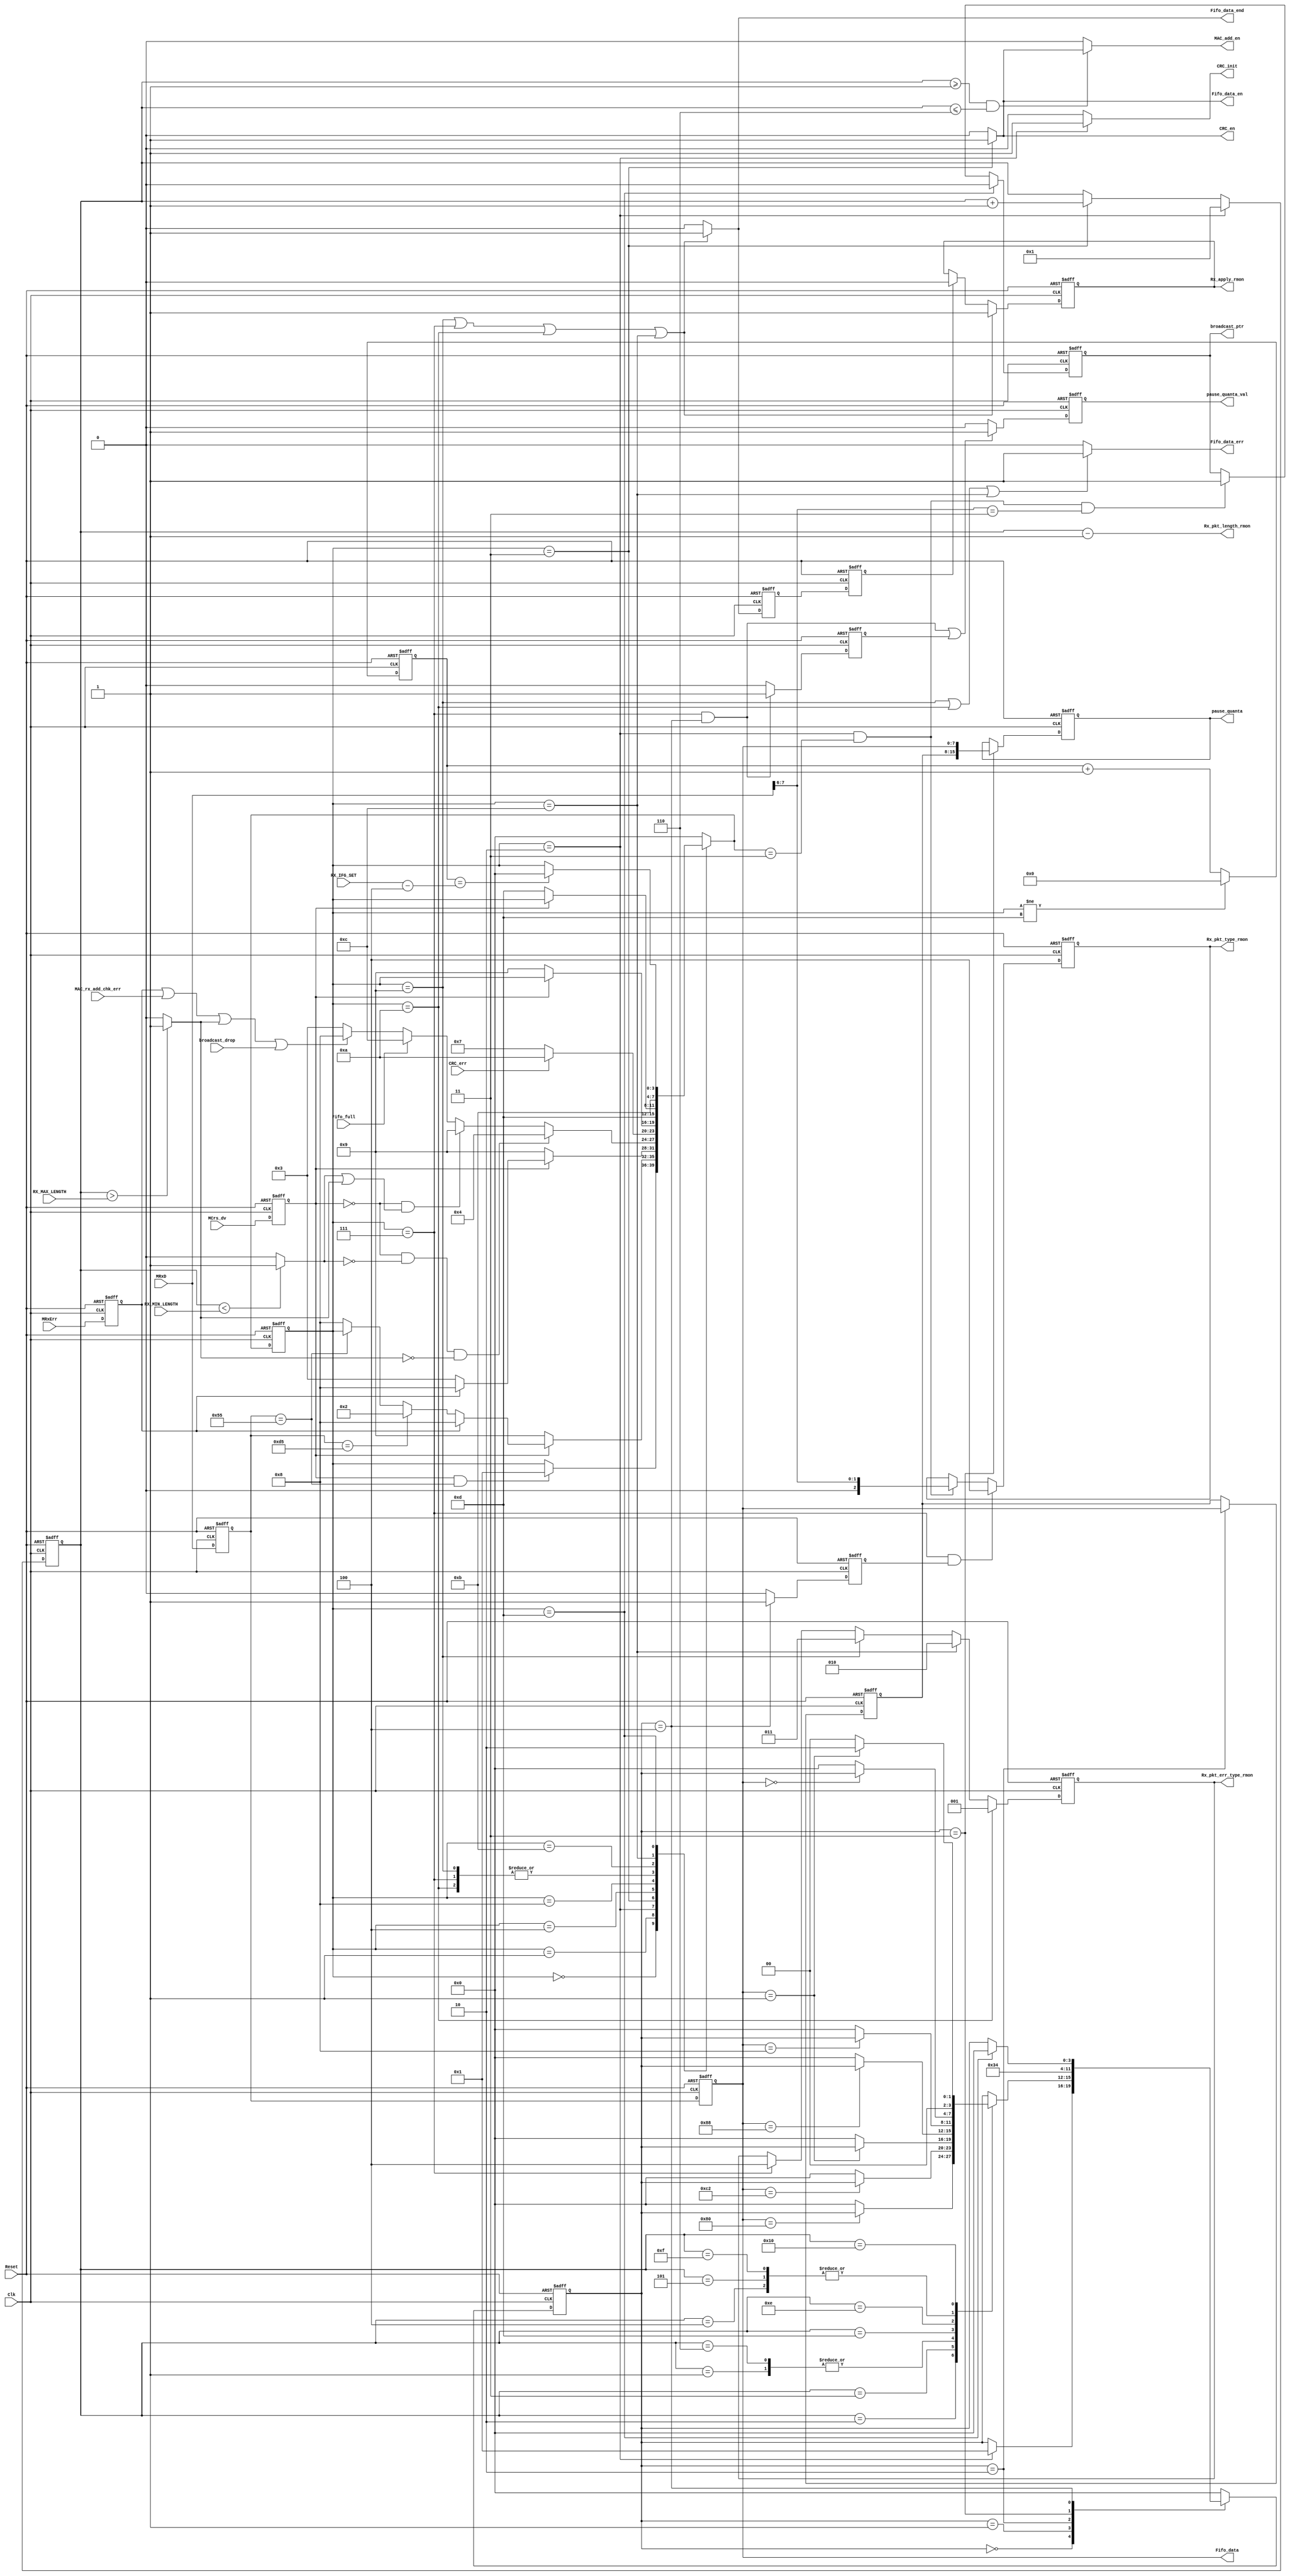
module MAC_rx_ctrl (
Reset   ,                                     
Clk     ,                                     
//RMII interface                                    
MCrs_dv ,       //
MRxD    ,       //  
MRxErr  ,       //  
//CRC_chk interface                                 
CRC_en    ,                                 
CRC_init  ,
CRC_err  ,                      
//MAC_rx_add_chk interface                          
MAC_add_en          ,                         
MAC_rx_add_chk_err  ,   
//broadcast_filter     
broadcast_ptr   ,      
broadcast_drop  ,   
//flow_control signals      
pause_quanta        ,       
pause_quanta_val    ,
//Pause_current,       
//MAC_rx_FF interface                               
Fifo_data       ,                             
Fifo_data_en    ,                             
Fifo_data_err   ,  
Fifo_data_end   ,  
Fifo_full       ,                          
//RMON interface                
Rx_pkt_type_rmon        ,                    
Rx_pkt_length_rmon      ,                     
Rx_apply_rmon           ,                     
Rx_pkt_err_type_rmon    ,                     
//CPU                                         
RX_IFG_SET    ,
RX_MAX_LENGTH,
RX_MIN_LENGTH
);

input           Reset   ;         
input           Clk     ;         
                //RMII interface  
input           MCrs_dv ;                                       
input   [7:0]   MRxD    ;                                       
input           MRxErr  ;                                       
                //CRC_chk interface
output          CRC_en  ;       
output          CRC_init;       
input           CRC_err ;
                //MAC_rx_add_chk interface
output          MAC_add_en          ;
input           MAC_rx_add_chk_err  ;
                //broadcast_filter
output          broadcast_ptr           ;
input           broadcast_drop          ;
                //flow_control signals  
output  [15:0]  pause_quanta        ;   
output          pause_quanta_val    ;
//output [3:0]    Pause_current;       
                //MAC_rx_FF interface
output  [7:0]   Fifo_data       ;
output          Fifo_data_en    ;
output          Fifo_data_err   ;
output          Fifo_data_end   ;
input           Fifo_full;
                //RMON interface
output  [15:0]  Rx_pkt_length_rmon      ;
output          Rx_apply_rmon           ;
output  [2:0]   Rx_pkt_err_type_rmon    ;
output  [2:0]   Rx_pkt_type_rmon        ;
                //CPU
input   [5:0]   RX_IFG_SET    ;
input   [15:0]  RX_MAX_LENGTH   ;// 1518
input   [6:0]   RX_MIN_LENGTH   ;// 64

//******************************************************************************
//internal signals
//******************************************************************************
parameter       State_idle          =4'd00;
parameter       State_preamble      =4'd01;
parameter       State_SFD           =4'd02;
parameter       State_data          =4'd03;
parameter       State_checkCRC      =4'd04;
parameter       State_OkEnd         =4'd07;
parameter       State_drop          =4'd08;
parameter       State_ErrEnd        =4'd09;
parameter       State_CRCErrEnd     =4'd10;
parameter       State_FFFullDrop    =4'd11;
parameter       State_FFFullErrEnd  =4'd12;
parameter       State_IFG           =4'd13;

parameter       Pause_idle          =4'd0;   
parameter       Pause_pre_syn       =4'd1;    
parameter       Pause_quanta_hi     =4'd2;   
parameter       Pause_quanta_lo     =4'd3;   
parameter       Pause_syn           =4'd4;   
                                                  
reg [3:0]       Current_state /* synthesis syn_keep=1 */;                          
reg [3:0]       Next_state; 
reg [3:0]       Pause_current /* synthesis syn_keep=1 */; 
reg [3:0]       Pause_next;                             
reg [5:0]       IFG_counter;   
reg             Crs_dv  ;      
reg [7:0]       RxD ;
reg [7:0]       RxD_dl1 ;
reg             RxErr   ;
reg [15:0]      Frame_length_counter;
reg             Too_long;
reg             Too_short;
reg             Fifo_data_en;
reg             Fifo_data_end;
reg             Fifo_data_err;
reg             CRC_en;
reg             CRC_init;
reg             Rx_apply_rmon;
reg             Rx_apply_rmon_tmp;
reg             Rx_apply_rmon_tmp_pl1;
reg [2:0]       Rx_pkt_err_type_rmon;
reg             MAC_add_en;
reg [2:0]       Rx_pkt_type_rmon;
reg [7:0]       pause_quanta_h      ;
reg [15:0]      pause_quanta        ;
reg             pause_quanta_val    ;
reg             pause_quanta_val_tmp;
reg             pause_frame_ptr     ;
reg             broadcast_ptr           ;
//******************************************************************************
//delay signals                                                          
//******************************************************************************
    
always @ (posedge Reset or posedge Clk)                 
    if (Reset) 
        begin  
            Crs_dv      <= 1'b0;
            RxD         <= 8'd0;                                                            
            RxErr       <= 1'b0; 
        end
    else
        begin  
            Crs_dv      <=MCrs_dv   ;
            RxD         <=MRxD      ;                                                            
            RxErr       <=MRxErr    ; 
        end

always @ (posedge Reset or posedge Clk)                 
    if (Reset) 
        RxD_dl1     <= 8'd0;
    else 
        RxD_dl1     <=RxD;
                                   
//******************************************************************************
//State_machine                                                           
//******************************************************************************
                                                    
always @ (posedge Reset or posedge Clk)                 
    if (Reset)                                          
        Current_state   <=State_idle;                   
    else                                    
        Current_state   <=Next_state;                   
                                                        
always @ (*)                                             
        case (Current_state)                            
            State_idle:
                    if (Crs_dv&&RxD==8'h55)                
                        Next_state  =State_preamble;    
                    else                                
                        Next_state  =Current_state;     
            State_preamble:                             
                    if (!Crs_dv)                        
                        Next_state  =State_ErrEnd;      
                    else if (RxErr)                     
                        Next_state  =State_drop;        
                    else if (RxD==8'hd5)                 
                        Next_state  =State_SFD;                 
                    else if (RxD==8'h55)                
                        Next_state  =Current_state;     
                    else                                
                        Next_state  =State_drop;        
            State_SFD:                                  
                    if (!Crs_dv)                        
                        Next_state  =State_ErrEnd;      
                    else if (RxErr)                     
                        Next_state  =State_drop;        
                    else                                
                        Next_state  =State_data;       
            State_data:                                
                    if (!Crs_dv&&!Too_short&&!Too_long)                        
                        Next_state  =State_checkCRC;   
                    else if (!Crs_dv&&(Too_short||Too_long))
                        Next_state  =State_ErrEnd;
                    else if (Fifo_full)
                        Next_state  =State_FFFullErrEnd;
                    else if (RxErr||MAC_rx_add_chk_err||Too_long||broadcast_drop)                     
                        Next_state  =State_drop;        
                    else                                
                        Next_state  =State_data;       
            State_checkCRC:
                     if (CRC_err)
                        Next_state  =State_CRCErrEnd;
                     else
                        Next_state  =State_OkEnd; 
            State_drop:                                 
                    if (!Crs_dv)                        
                        Next_state  =State_ErrEnd;      
                    else                                
                        Next_state  =Current_state;     
            State_OkEnd:                                
                        Next_state  =State_IFG;         
            State_ErrEnd:                               
                        Next_state  =State_IFG;       
                                                                            
            State_CRCErrEnd:                               
                        Next_state  =State_IFG;   
            State_FFFullDrop:
                    if (!Crs_dv)                        
                        Next_state  =State_IFG;     
                    else                                
                        Next_state  =Current_state;                                                
            State_FFFullErrEnd:
                        Next_state  =State_FFFullDrop;                                        
            State_IFG:                                  
                    if (IFG_counter==RX_IFG_SET-6'd4)   //remove some additional time     
                        Next_state  =State_idle;        
                    else                                
                        Next_state  =Current_state;     
                                                        
            default:                                    
                        Next_state  =State_idle;        
        endcase                                         
                     
                                                        
always @ (posedge Reset or posedge Clk)                 
    if (Reset)                                          
        IFG_counter     <= 6'd0;   
    else if (Current_state!=State_IFG)
        IFG_counter     <= 6'd0;                                
    else 
        IFG_counter     <=IFG_counter + 6'd1;
//******************************************************************************
//gen fifo interface signals                                                     
//******************************************************************************                     

assign  Fifo_data   =RxD_dl1;       

always @(Current_state)
    if  (Current_state==State_data)
        Fifo_data_en        = 1'b1;
    else
        Fifo_data_en        = 1'b0;
        
always @(Current_state)
    if  (Current_state==State_ErrEnd||Current_state==State_OkEnd
         ||Current_state==State_CRCErrEnd||Current_state==State_FFFullErrEnd)
        Fifo_data_end       = 1'b1;
    else
        Fifo_data_end       = 1'b0;

always @(Current_state)
    if  (Current_state==State_ErrEnd||Current_state==State_CRCErrEnd||Current_state==State_FFFullErrEnd)
        Fifo_data_err       = 1'b1;
    else
        Fifo_data_err       = 1'b0;     

//******************************************************************************
//CRC_chk interface                                               
//****************************************************************************** 

always @(Current_state)
    if (Current_state==State_data)
        CRC_en  = 1'b1;
    else
        CRC_en  = 1'b0;
        
always @(Current_state)
    if (Current_state==State_SFD)
        CRC_init    = 1'b1;
    else
        CRC_init    = 1'b0;
        
//******************************************************************************
//gen rmon signals                                         
//******************************************************************************    
always @ (posedge Clk or posedge Reset)
    if (Reset)  
        Frame_length_counter        <= 16'd0;
    else if (Current_state==State_SFD)
        Frame_length_counter        <= 16'd1;
    else if (Current_state==State_data)
        Frame_length_counter        <=Frame_length_counter+ 16'd1;
        
always @ (Frame_length_counter or RX_MIN_LENGTH)
    if (Frame_length_counter<RX_MIN_LENGTH)
        Too_short   = 1'b1;
    else
        Too_short   = 1'b0;
        
always @ (*)
    if (Frame_length_counter>RX_MAX_LENGTH)
        Too_long    = 1'b1;
    else
        Too_long    = 1'b0;
        
assign Rx_pkt_length_rmon=Frame_length_counter-16'd1;

always @ (posedge Clk or posedge Reset)
    if (Reset)
        Rx_apply_rmon_tmp   <= 1'b0; 
    else if (Current_state==State_OkEnd||Current_state==State_ErrEnd
        ||Current_state==State_CRCErrEnd||Current_state==State_FFFullErrEnd)
        Rx_apply_rmon_tmp   <= 1'b1 ;        
    else
        Rx_apply_rmon_tmp   <= 1'b0; 
        
always @ (posedge Clk or posedge Reset)
    if (Reset)
        Rx_apply_rmon_tmp_pl1   <= 1'b0;
    else
        Rx_apply_rmon_tmp_pl1   <=Rx_apply_rmon_tmp;        

always @ (posedge Clk or posedge Reset)
    if (Reset)
        Rx_apply_rmon   <= 1'b0; 
    else if (Current_state==State_OkEnd||Current_state==State_ErrEnd
        ||Current_state==State_CRCErrEnd||Current_state==State_FFFullErrEnd)
        Rx_apply_rmon   <= 1'b1;        
    else if (Rx_apply_rmon_tmp_pl1)
        Rx_apply_rmon   <= 1'b0; 
        
always @ (posedge Clk or posedge Reset)
    if (Reset)
        Rx_pkt_err_type_rmon    <=3'd0;
    else if (Current_state==State_CRCErrEnd)
        Rx_pkt_err_type_rmon    <=3'b001    ;//
    else if (Current_state==State_FFFullErrEnd)
        Rx_pkt_err_type_rmon    <=3'b010    ;// 
    else if (Current_state==State_ErrEnd)
        Rx_pkt_err_type_rmon    <=3'b011    ;//
    else if(Current_state==State_OkEnd)
        Rx_pkt_err_type_rmon    <=3'b100    ;


        
always @ (posedge Clk or posedge Reset)
    if (Reset)
        Rx_pkt_type_rmon        <= 3'd0;
    else if (Current_state==State_OkEnd&&pause_frame_ptr)
        Rx_pkt_type_rmon        <=3'b100    ;//
    else if(Current_state==State_SFD&&Next_state==State_data)
        Rx_pkt_type_rmon        <={1'b0,MRxD[7:6]};

always @ (posedge Clk or posedge Reset)
    if (Reset)
        broadcast_ptr   <= 1'b0;
    else if(Current_state==State_IFG)
        broadcast_ptr   <= 1'b0;
    else if(Current_state==State_SFD&&Next_state==State_data&&MRxD[7:6]==2'b11)
        broadcast_ptr   <= 1'b1;

        
    
//******************************************************************************
//MAC add checker signals                                                              
//******************************************************************************
always @ (Frame_length_counter or Fifo_data_en)
    if(Frame_length_counter>=1&&Frame_length_counter<=6)
        MAC_add_en  <=Fifo_data_en;
    else
        MAC_add_en  <= 1'b0;

//******************************************************************************
//flow control signals                                                            
//******************************************************************************
always @ (posedge Clk or posedge Reset)
    if (Reset)
        Pause_current   <=Pause_idle;
    else
        Pause_current   <=Pause_next;
        
always @ (*)
    case (Pause_current)
        Pause_idle  : 
            if(Current_state==State_SFD)
                Pause_next  =Pause_pre_syn;
            else
                Pause_next  =Pause_current;
        Pause_pre_syn:
            case (Frame_length_counter)
                16'd1:  if (RxD_dl1==8'h01)
                            Pause_next  =Pause_current;
                        else
                            Pause_next  =Pause_idle;
                16'd2:  if (RxD_dl1==8'h80)
                            Pause_next  =Pause_current;
                        else
                            Pause_next  =Pause_idle;            
                16'd3:  if (RxD_dl1==8'hc2)
                            Pause_next  =Pause_current;
                        else
                            Pause_next  =Pause_idle;
                16'd4:  if (RxD_dl1==8'h00)
                            Pause_next  =Pause_current;
                        else
                            Pause_next  =Pause_idle;
                16'd5:  if (RxD_dl1==8'h00)
                            Pause_next  =Pause_current;
                        else
                            Pause_next  =Pause_idle;
                16'd6:  if (RxD_dl1==8'h01)
                            Pause_next  =Pause_current;
                        else
                            Pause_next  =Pause_idle;
                16'd13: if (RxD_dl1==8'h88)
                            Pause_next  =Pause_current;
                        else
                            Pause_next  =Pause_idle;
                16'd14: if (RxD_dl1==8'h08)
                            Pause_next  =Pause_current;
                        else
                            Pause_next  =Pause_idle;
                16'd15: if (RxD_dl1==8'h00)
                            Pause_next  =Pause_current;
                        else
                            Pause_next  =Pause_idle;
                16'd16: if (RxD_dl1==8'h01)
                            Pause_next  =Pause_quanta_hi;
                        else
                            Pause_next  =Pause_idle;
                default:    Pause_next  =Pause_current;
            endcase
        Pause_quanta_hi :
            Pause_next  =Pause_quanta_lo;
        Pause_quanta_lo :
            Pause_next  =Pause_syn; 
        Pause_syn       :
            if (Current_state==State_IFG)
                Pause_next  =Pause_idle;
            else
                Pause_next  =Pause_current;
        default
            Pause_next  =Pause_idle;
    endcase

always @ (posedge Clk or posedge Reset)
    if (Reset)
        pause_quanta_h      <= 8'd0;
    else if(Pause_current==Pause_quanta_hi)
        pause_quanta_h      <=RxD_dl1;
        
always @ (posedge Clk or posedge Reset)
    if (Reset)
        pause_quanta        <= 16'd0;
    else if(Pause_current==Pause_quanta_lo)
        pause_quanta        <={pause_quanta_h,RxD_dl1};
        
always @ (posedge Clk or posedge Reset)
    if (Reset)      
        pause_quanta_val_tmp    <= 1'b0;
    else if(Current_state==State_OkEnd&&Pause_current==Pause_syn)
        pause_quanta_val_tmp    <= 1'b1;
    else
        pause_quanta_val_tmp    <= 1'b0;
        
always @ (posedge Clk or posedge Reset)
    if (Reset)      
        pause_quanta_val    <= 1'b0;
    else if(Current_state==State_OkEnd&&Pause_current==Pause_syn||pause_quanta_val_tmp)
        pause_quanta_val    <= 1'b1;
    else
        pause_quanta_val    <= 1'b0;        
    
always @ (posedge Clk or posedge Reset)
    if (Reset)  
        pause_frame_ptr     <= 1'b0;
    else if(Pause_current==Pause_syn)
        pause_frame_ptr     <= 1'b1;
    else
        pause_frame_ptr     <= 1'b0;
                
endmodule